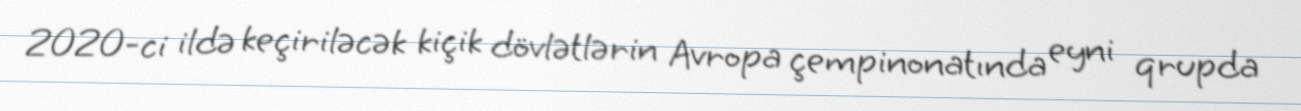
2020-ci ildə keçiriləcək kiçik dövlətlərin Avropa çempinonatında eyni qrupda